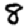
Digit: 8